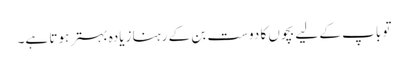
تو باپ کے لیے بچوں کا دوست بن کے رہنا زیادہ بہتر ہوتا ہے۔